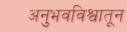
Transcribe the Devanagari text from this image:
अनुभवविश्वातून